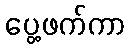
ပွေ့ဖက်ကာ